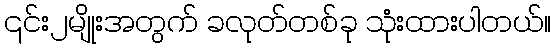
၎င်း၂မျိုးအတွက် ခလုတ်တစ်ခု သုံးထားပါတယ်။